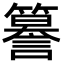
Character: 𮆣